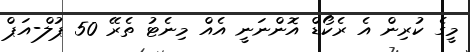
މީގެ ކުރިން އެ ރެކޯޑް އޮންނަނީ އެއް މިނެޓު ތެރޭ 50 ޕުލް-އަޕް